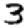
Digit: 3